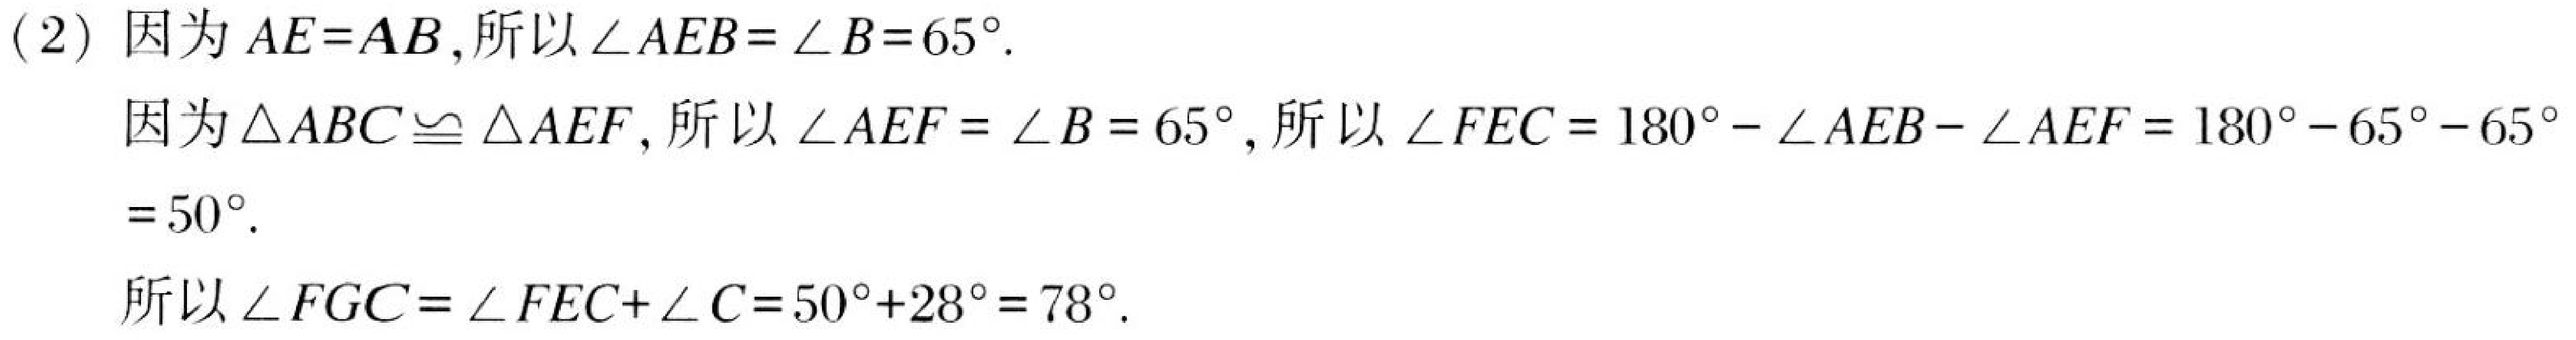
(2) 因为\(AE = AB\),所以\(\angle AEB=\angle B = 65^{\circ}\).
因为\(\triangle ABC\cong\triangle AEF\),所以\(\angle AEF=\angle B = 65^{\circ}\),所以\(\angle FEC=180^{\circ}-\angle AEB - \angle AEF=180^{\circ}-65^{\circ}-65^{\circ}\)
\(= 50^{\circ}\).
所以\(\angle FGC=\angle FEC+\angle C=50^{\circ}+28^{\circ}=78^{\circ}\).